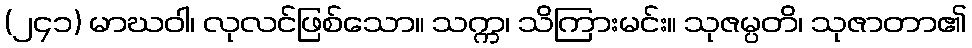
(၂၄၁) မာဃဝါ၊ လုလင်ဖြစ်သော။ သက္က၊ သိကြားမင်း။ သုဇမ္ပတိ၊ သုဇာတာ၏